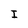
Character: I